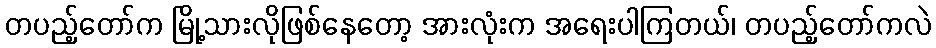
တပည့်တော်က မြို့သားလိုဖြစ်နေတော့ အားလုံးက အရေးပါကြတယ်၊ တပည့်တော်ကလဲ